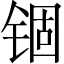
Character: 锢